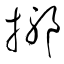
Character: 揶